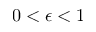
0 < \epsilon < 1